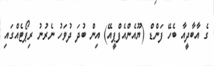
ގެ އާބާދީއާ ބެހޭ ފަންޑް (ޔޫއެންއެފްޕީއޭ) އިން ބުދަ ދުވަހު ނެރުނު ރިޕޯޓެއްގައި